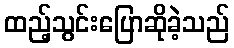
ထည့်သွင်းပြောဆိုခဲ့သည်